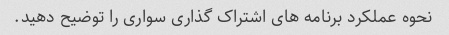
نحوه عملکرد برنامه های اشتراک گذاری سواری را توضیح دهید.